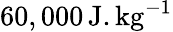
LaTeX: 60,000\, \mathrm{J.kg^{-1}}